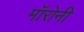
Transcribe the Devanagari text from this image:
मॉरोनी